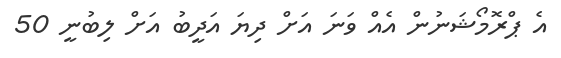
އެ ޕްރޮމޯޝަނުން އެއް ވަނަ އަށް ދިޔަ އަދީބު އަށް ލިބުނީ 50